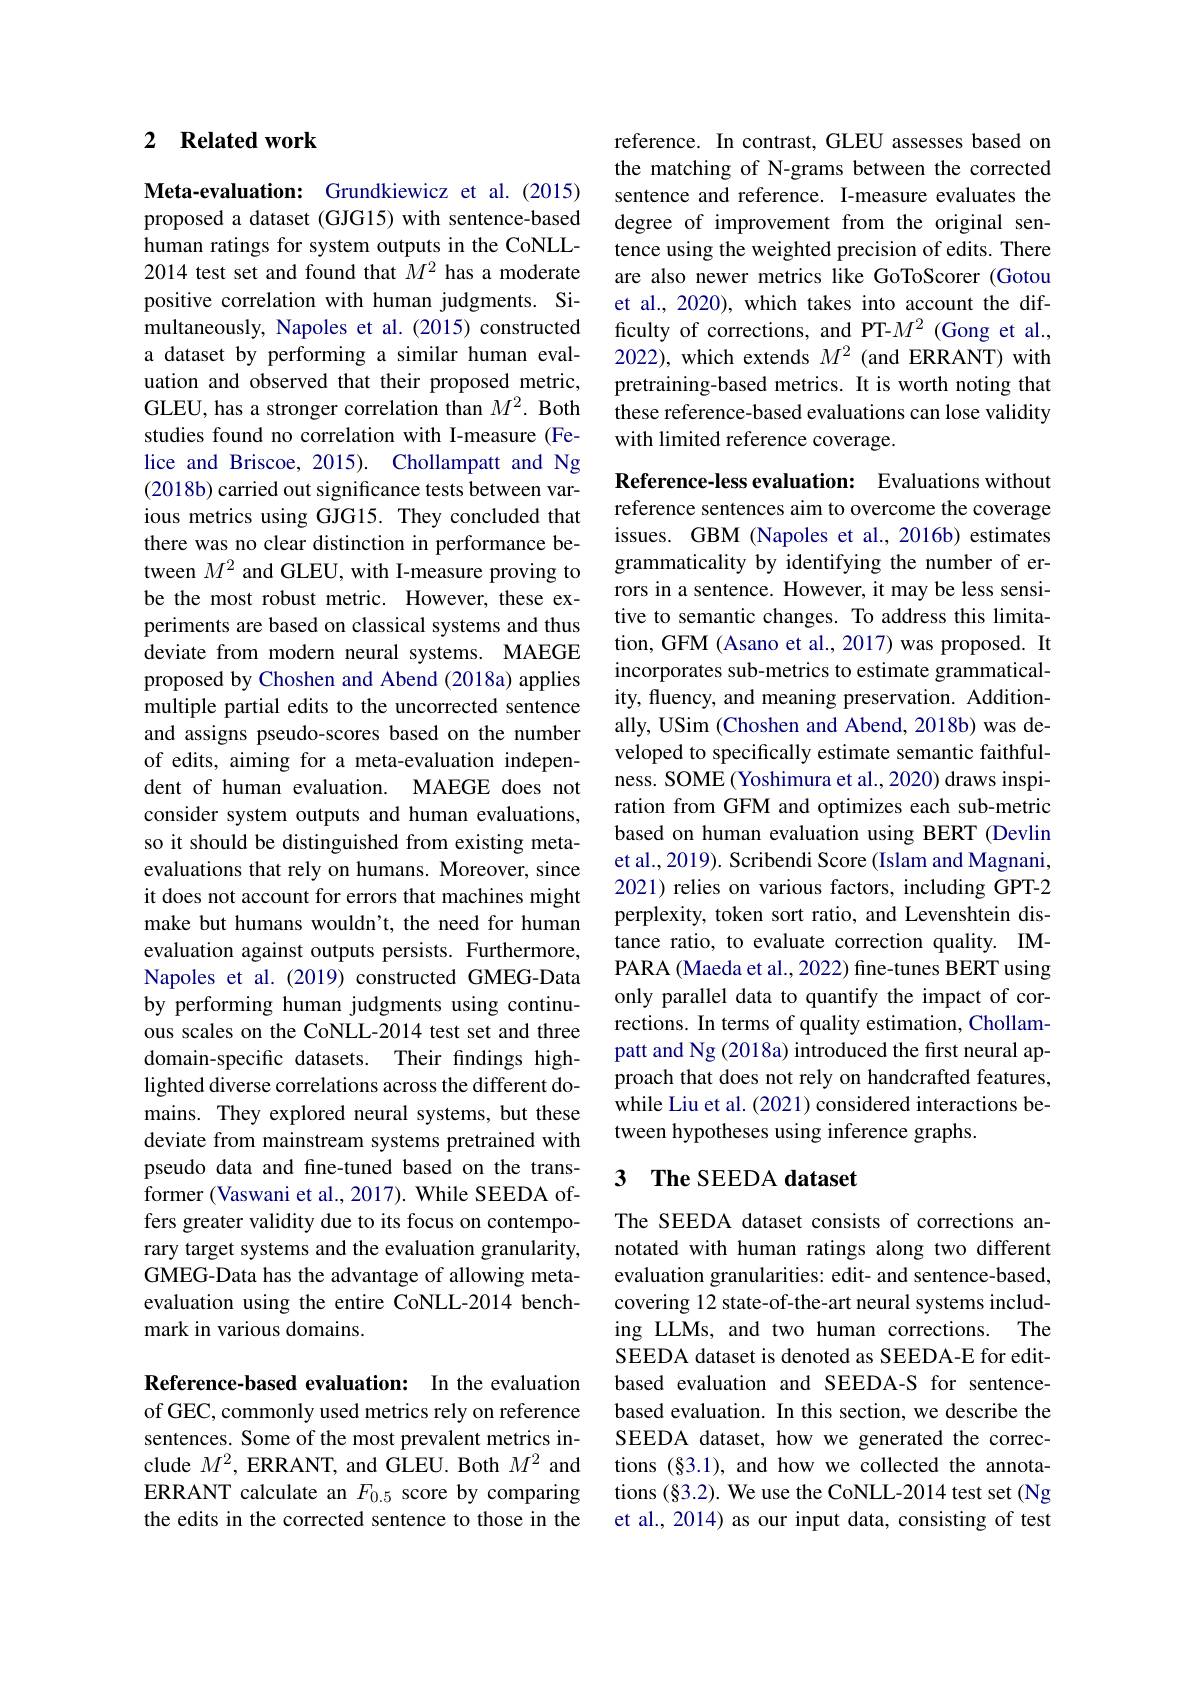
### 2 $\textbf{Related work}$

Meta-evaluation: Grundkiewicz et al.(2015) proposed a dataset (GJG15) with sentence-based human ratings for system outputs in the CoNLL- 2014 test set and found that $M^{2}$ has a moderate positive correlation with human judgments. Simultaneously, Napoles et al. (2015) constructed a dataset by performing a similar human evaluation and observed that their proposed metric, GLEU, has a stronger correlation than $M^2.$ Both studies found no correlation with I-measure (Felice and Briscoe, 2015). Chollampatt and Ng (2018b) carried out significance tests between various metrics using GJG15. They concluded that there was no clear distinction in performance between $M^2$ and GLEU, with I-measure proving to be the most robust metric. However, these experiments are based on classical systems and thus deviate from modern neural systems. MAEGE proposed by Choshen and Abend (2018a) applies multiple partial edits to the uncorrected sentence and assigns pseudo-scores based on the number of edits, aiming for a meta-evaluation independent of human evaluation. MAEGE does not consider system outputs and human evaluations, so it should be distinguished from existing metaevaluations that rely on humans. Moreover, since it does not account for errors that machines might make but humans wouldn't, the need for human evaluation against outputs persists. Furthermore, Napoles et al.(2019) constructed GMEG-Data by performing human judgments using continuous scales on the CoNLL-2014 test set and three domain-specific datasets. Their findings highlighted diverse correlations across the different domains. They explored neural systems, but these deviate from mainstream systems pretrained with pseudo data and fine-tuned based on the transformer (Vaswani et al., 2017). While SEEDA offers greater validity due to its focus on contemporary target systems and the evaluation granularity, GMEG-Data has the advantage of allowing metaevaluation using the entire CoNLL-2014 benchmark in various domains.

Reference-based evaluation: In the evaluation of GEC, commonly used metrics rely on reference sentences. Some of the most prevalent metrics include $M^2$, ERRANT, and GLEU. Both $M^2$ and ERRANT calculate an $F_{0.5}$ score by comparing the edits in the corrected sentence to those in the

reference. In contrast, GLEU assesses based on the matching of N-grams between the corrected sentence and reference. I-measure evaluates the degree of improvement from the original sentence using the weighted precision of edits. There are also newer metrics like GoToScorer (Gotou et al., 2020), which takes into account the difficulty of corrections, and PT-$M^2$ (Gong et al., 2022), which extends $M^2$ (and ERRANT) with pretraining-based metrics. It is worth noting that these reference-based evaluations can lose validity with limited reference coverage.

Reference-less evaluation: Evaluations without reference sentences aim to overcome the coverage issues. GBM (Napoles et al., 2016b) estimates grammaticality by identifying the number of errors in a sentence. However, it may be less sensitive to semantic changes. To address this limitation, GFM (Asano et al., 2017) was proposed. It incorporates sub-metrics to estimate grammaticality, fluency, and meaning preservation. Additionally, USim (Choshen and Abend, 2018b) was developed to specifically estimate semantic faithfulness. SOME (Yoshimura et al.,2020) draws inspiration from GFM and optimizes each sub-metric based on human evaluation using BERT (Devlin et al., 2019). Scribendi Score (Islam and Magnani, 2021) relies on various factors, including GPT-2 perplexity, token sort ratio, and Levenshtein distance ratio, to evaluate correction quality. IMPARA (Maeda et al., 2022) fine-tunes BERT using only parallel data to quantify the impact of corrections. In terms of quality estimation, Chollampatt and Ng (2018a) introduced the first neural approach that does not rely on handcrafted features, while Liu et al. (2021) considered interactions between hypotheses using inference graphs.
3 The SEEDA dataset

The SEEDA dataset consists of corrections annotated with human ratings along two different evaluation granularities: edit- and sentence-based, covering 12 state-of-the-art neural systems including LLMs, and two human corrections. The SEEDA dataset is denoted as SEEDA-E for editbased evaluation and SEEDA-S for sentencebased evaluation. In this section, we describe the SEEDA dataset, how we generated the corrections (§3.1), and how we collected the annotations (§3.2). We use the CoNLL-2014 test set (Ng et al., 2014) as our input data, consisting of test